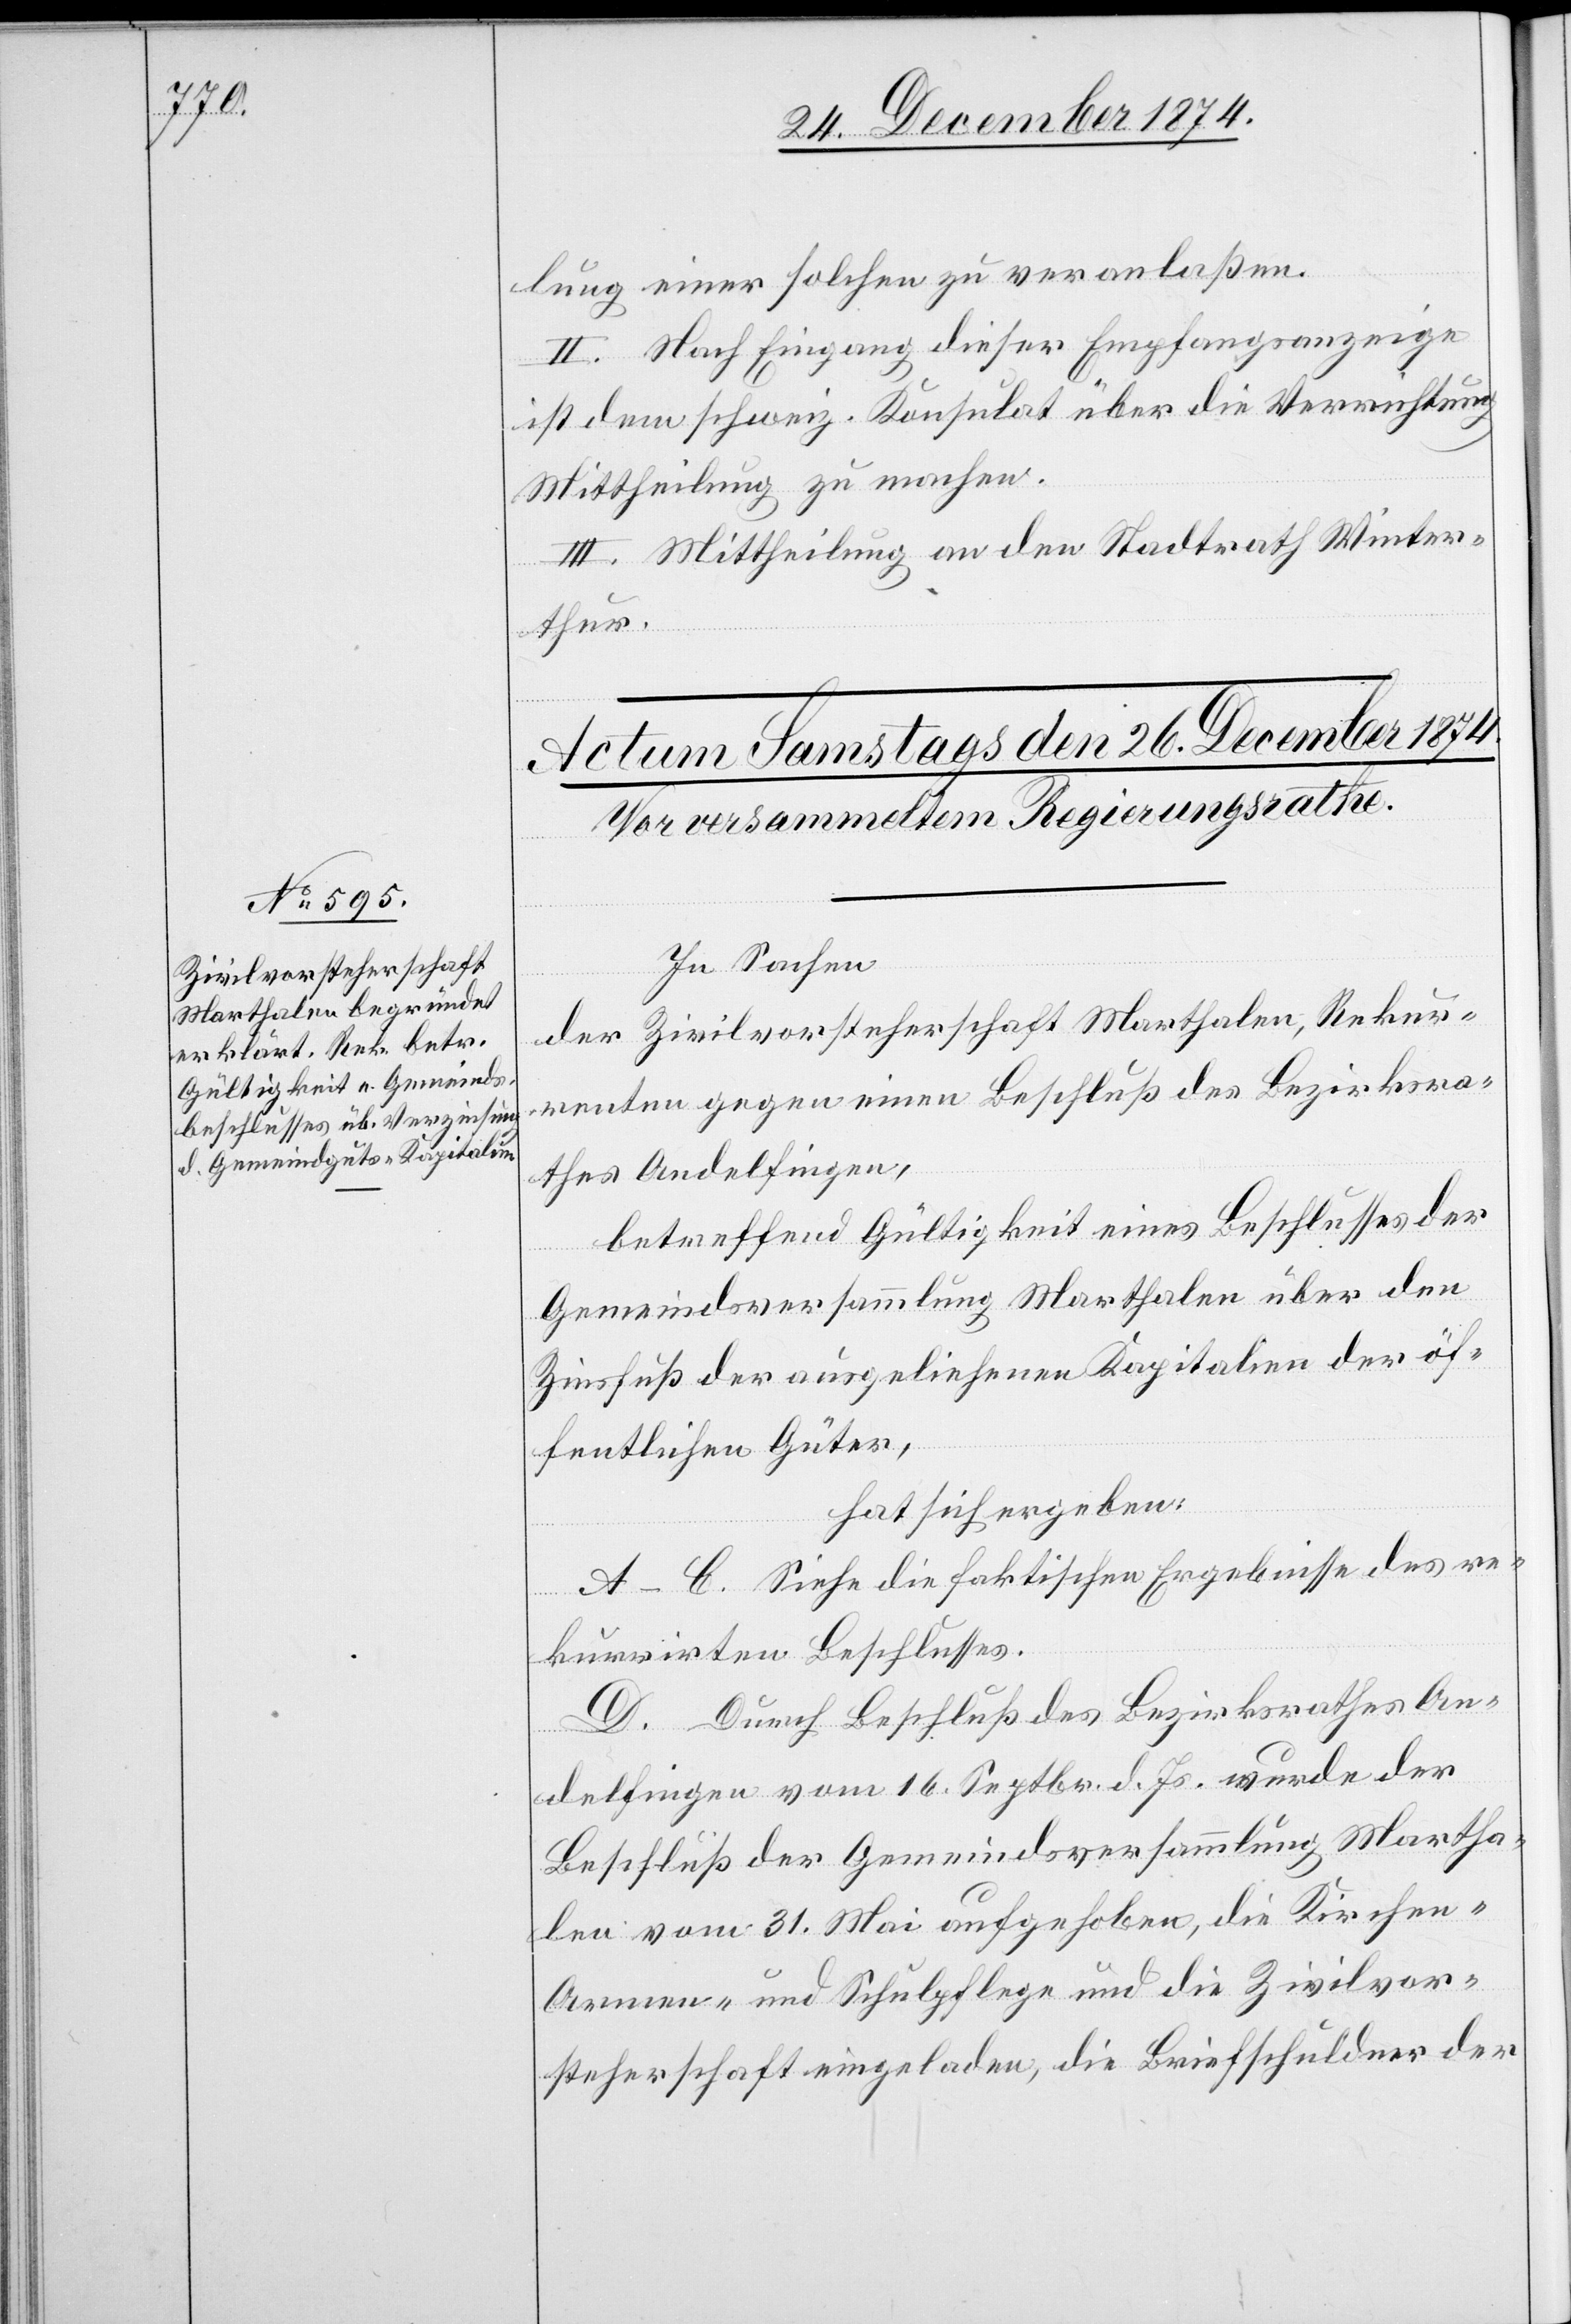
lung einer solchen zu veranlaßen.
II. Nach Eingang dieser Empfangsanzeige
ist dem schweiz. Konsulat über die Verrichtung
Mittheilung zu machen.
III. Mittheilung an den Stadtrath Winter¬
thur.
In Sachen
der Zivilvorsteherschaft Marthalen, Rekur¬
renten gegen einen Beschluß des Bezirksra¬
thes Andelfingen,
betreffend Gültigkeit eines Beschlusses der
Gemeindsversammlung Marthalen über den
Zinsfuß der ausgeliehenen Kapitalien der öf¬
fentlichen Güter,
hat sich ergeben:
A–C. Siehe die faktischen Ergebnisse des re¬
kurrirten Beschlusses.
D. Durch Beschluß des Bezirksrathes An¬
delfingen vom 16. Septbr. d. Js. wurde der
Beschluß der Gemeindsversammlung Martha¬
len vom 31. Mai aufgehoben, die Kirchen-[,]
Armen- und Schulpflege und die Zivilvor¬
steherschaft eingeladen, die Briefschuldner der